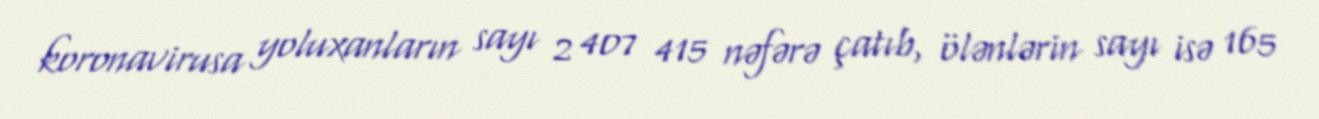
koronavirusa yoluxanların sayı 2 407 415 nəfərə çatıb, ölənlərin sayı isə 165